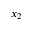
x _ { 2 }